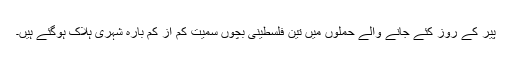
پیر کے روز کئے جانے والے حملوں میں تین فلسطینی بچوں سمیت کم از کم بارہ شہری ہلاک ہوگئے ہیں۔